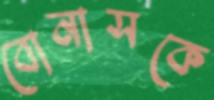
বোনাসকে